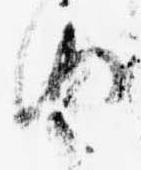
由